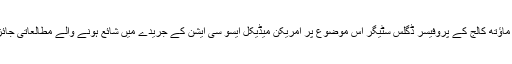
ریاست نیو ہمپشر کے ڈیرٹ ماؤتھ کالج کے پروفیسر ڈگلس سٹیگر اس موضوع پر امریکن میڈیکل ایسو سی ایشن کے جریدے میں شائع ہونے والے مطالعاتی جائزے کے مرکزی مصنف ہیں۔